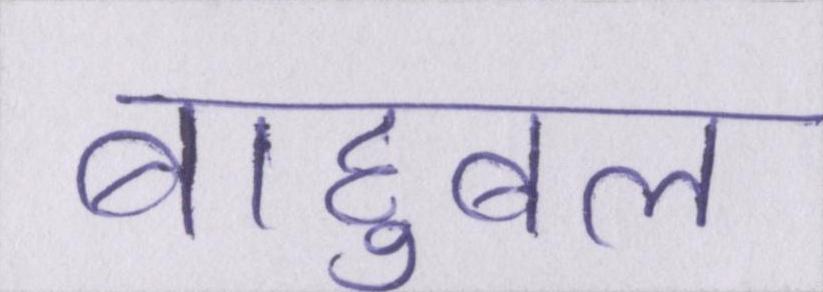
बाहुबल